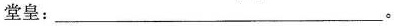
堂皇：___。